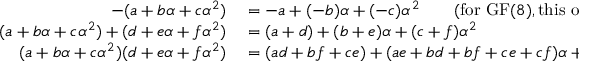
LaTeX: \begin{array} { r l } { - ( a + b \alpha + c \alpha ^ { 2 } ) } & { { } = - a + ( - b ) \alpha + ( - c ) \alpha ^ { 2 } \qquad { \mathrm { ( f o r ~ } } \mathrm { G F } ( 8 ) , { \mathrm { t h i s ~ o p e r a t i o n ~ i s ~ t h e ~ i d e n t i t y ) } } } \\ { ( a + b \alpha + c \alpha ^ { 2 } ) + ( d + e \alpha + f \alpha ^ { 2 } ) } & { { } = ( a + d ) + ( b + e ) \alpha + ( c + f ) \alpha ^ { 2 } } \\ { ( a + b \alpha + c \alpha ^ { 2 } ) ( d + e \alpha + f \alpha ^ { 2 } ) } & { { } = ( a d + b f + c e ) + ( a e + b d + b f + c e + c f ) \alpha + ( a f + b e + c d + c f ) \alpha ^ { 2 } } \end{array}